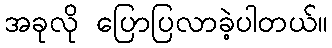
အခုလို ပြောပြလာခဲ့ပါတယ်။